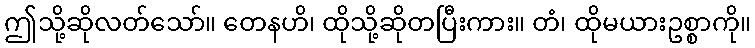
ဤသို့ဆိုလတ်သော်။ တေနဟိ၊ ထိုသို့ဆိုတပြီးကား။ တံ၊ ထိုမယားဥစ္စာကို။